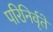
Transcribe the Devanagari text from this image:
परिनिर्वृते